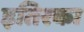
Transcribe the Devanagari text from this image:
इतिरका